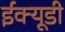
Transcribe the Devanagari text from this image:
ईक्यूडी